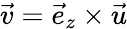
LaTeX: \vec{v}=\vec{e}_{z}\times\vec{u}